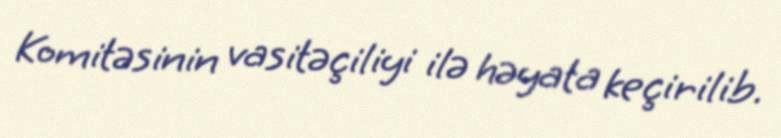
Komitəsinin vasitəçiliyi ilə həyata keçirilib.